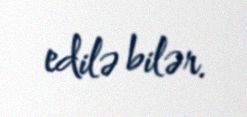
edilə bilər.